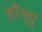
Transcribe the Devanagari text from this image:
हॉँग्झु